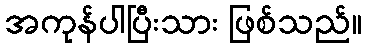
အကုန်ပါပြီးသား ဖြစ်သည်။